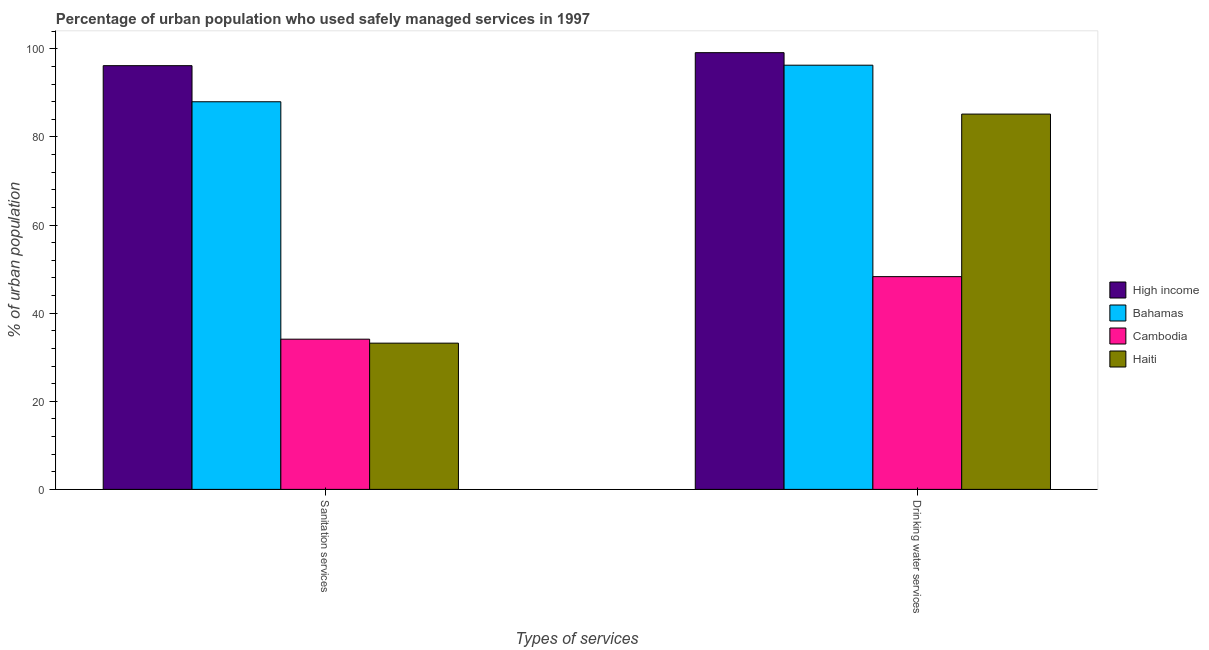
| Types of services | High income | Bahamas | Cambodia | Haiti |
 | --- | --- | --- | --- | --- |
 | Sanitation services | 96.2 | 88 | 34.1 | 33.2 |
 | Drinking water services | 99.1 | 96.3 | 48.3 | 85.2 |